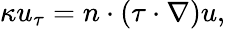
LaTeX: \kappa u_{\tau}=n\cdot(\tau\cdot\nabla)u,